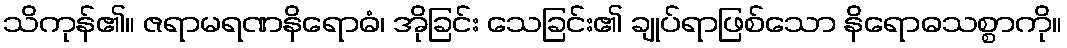
သိကုန်၏။ ဇရာမရဏနိရောဓံ၊ အိုခြင်း သေခြင်း၏ ချုပ်ရာဖြစ်သော နိရောဓသစ္စာကို။